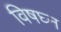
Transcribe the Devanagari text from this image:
विषघ्न